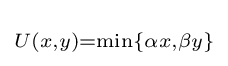
\scriptstyle U\left(x,y\right)=\min\{\alpha x,\beta y\}